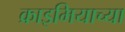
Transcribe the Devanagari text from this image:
क्राइमियाच्या